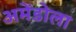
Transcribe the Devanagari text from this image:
अमेंडोला